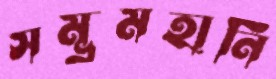
সম্ভ্রমহানি